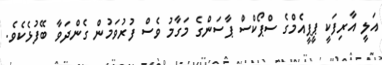
އަލީ އާރިފަކީ ޕީޕީއެމްގެ ސްޕޯކްސް ޕާސަންގެ މަގާމު ވެސް ފުރުވަމުން ގެންދަވާ ބޭފުޅެކެވެ.